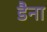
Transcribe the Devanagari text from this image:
डैना